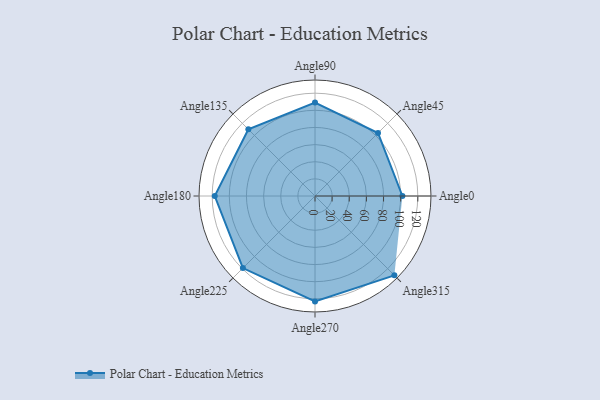
{"axis": {"x": "Angle", "y": "Radius"}, "legend": [""], "data": [{"x": "Angle0", "y": 102.0, "type": ""}, {"x": "Angle45", "y": 104.0, "type": ""}, {"x": "Angle90", "y": 109.0, "type": ""}, {"x": "Angle135", "y": 110.0, "type": ""}, {"x": "Angle180", "y": 117.0, "type": ""}, {"x": "Angle225", "y": 119.0, "type": ""}, {"x": "Angle270", "y": 123.0, "type": ""}, {"x": "Angle315", "y": 131.0, "type": ""}]}